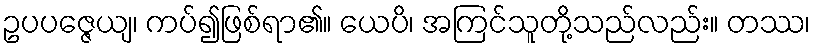
ဥပပဇ္ဇေယျ၊ ကပ်၍ဖြစ်ရာ၏။ ယေပိ၊ အကြင်သူတို့သည်လည်း။ တဿ၊